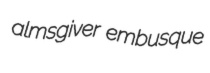
almsgiver embusque